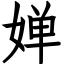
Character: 婵